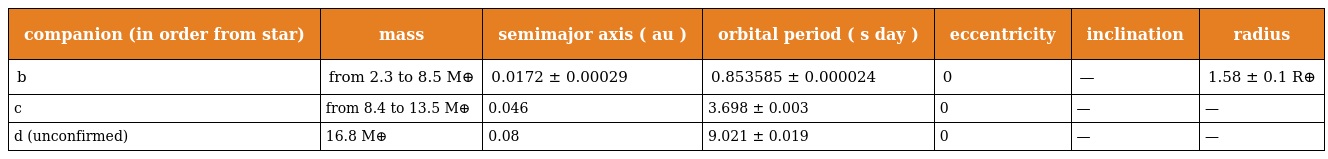
| companion (in order from star) | mass | semimajor axis ( au ) | orbital period ( s day ) | eccentricity | inclination | radius |
 | --- | --- | --- | --- | --- | --- | --- |
 | b | from 2.3 to 8.5 M⊕ | 0.0172 ± 0.00029 | 0.853585 ± 0.000024 | 0 | — | 1.58 ± 0.1 R⊕ |
 | c | from 8.4 to 13.5 M⊕ | 0.046 | 3.698 ± 0.003 | 0 | — | — |
 | d (unconfirmed) | 16.8 M⊕ | 0.08 | 9.021 ± 0.019 | 0 | — | — |